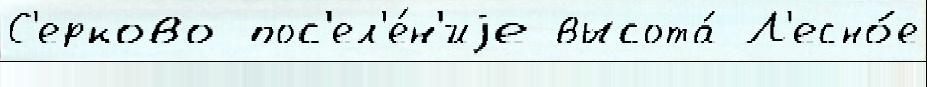
С'ерково пос'ел'е́н'иjе высота́ Л'есно́е